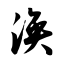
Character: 涣